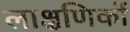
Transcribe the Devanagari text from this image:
लाक्षणिकों